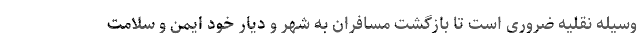
وسیله نقلیه ضروری است تا بازگشت مسافران به شهر و دیار خود ایمن و سلامت